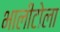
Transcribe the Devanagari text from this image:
भालीटोला